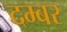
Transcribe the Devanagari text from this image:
दम्बर